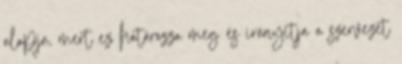
alapja, mert ez határozza meg és irányítja a szervezet